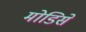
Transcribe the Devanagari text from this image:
मोडिसे